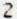
2